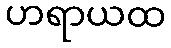
ဟရာယထ